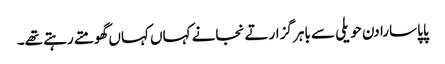
پاپا سارا دن حویلی سے باہر گزارتے نجانے کہاں کہاں گھومتے رہتے تھے۔